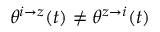
\theta ^ { i \rightarrow z } ( t ) \neq \theta ^ { z \rightarrow i } ( t )